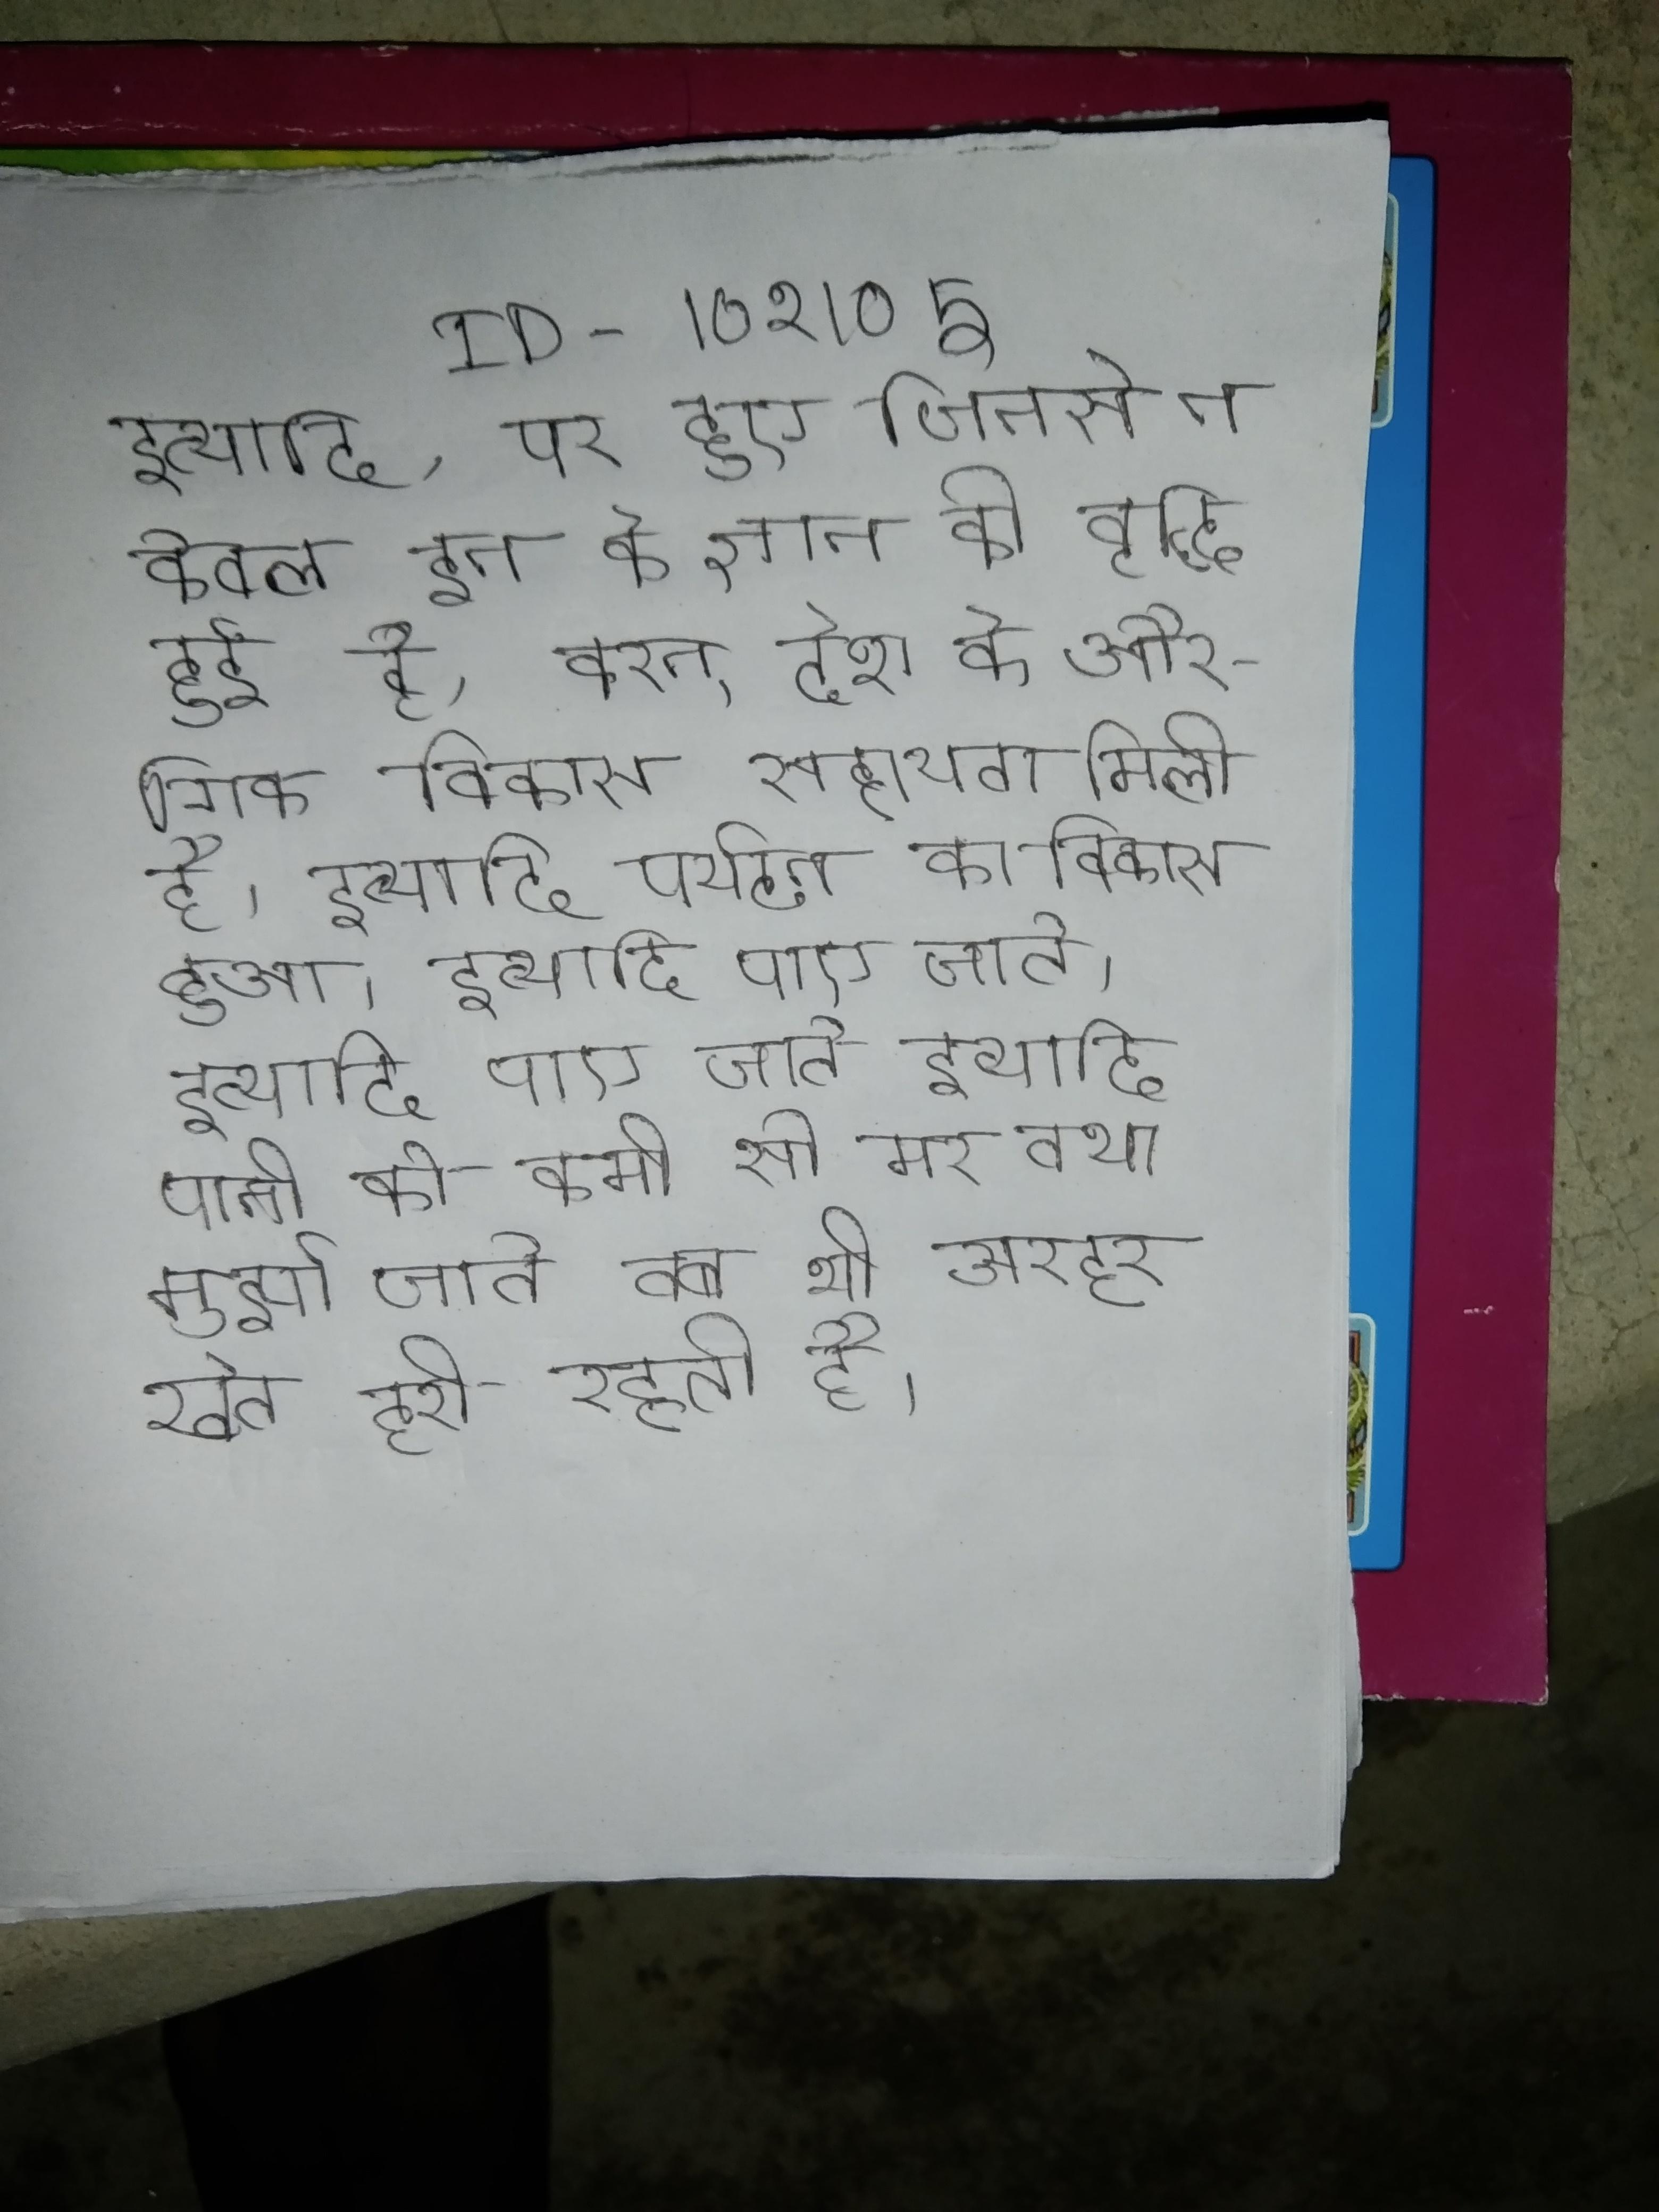
इत्यादि, पर हुए जिनसे न केवल इन के ज्ञान की वृद्धि हुई है, वरन् देश के औद्योगिक विकास सहायता मिली है । इत्यादि पर्यटन का विकास हुआ । इत्यादि पाए जाते । इत्यादि पानी की कमी से मर तथा मुर्झा जाते तब भी अरहर खेत हरी रहती है ।